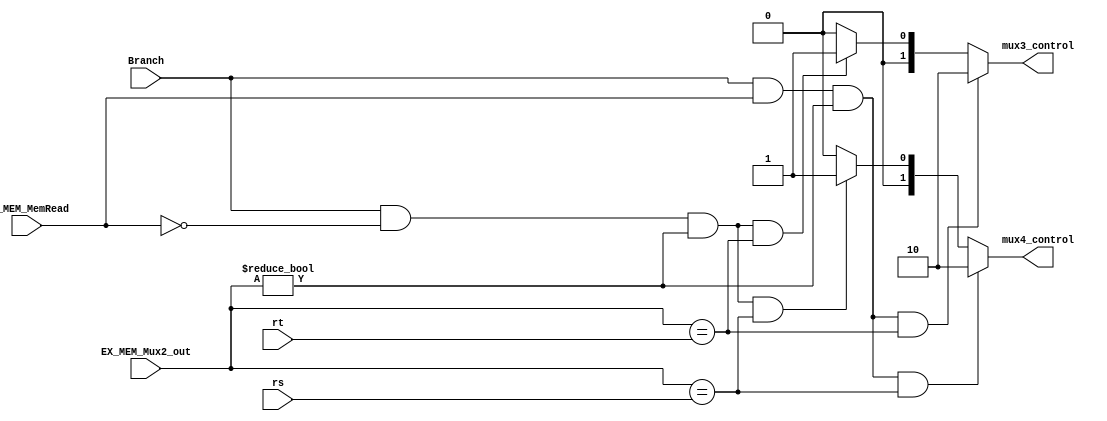
module ForwardUnit_for_R_beq(
input Branch,
input [4:0] EX_MEM_Mux2_out,
input [4:0]rt,
input [4:0]rs,
input EX_MEM_MemRead,
output wire [1:0] mux3_control,
output wire [1:0] mux4_control
    );
    
    assign mux4_control=(Branch==1 && EX_MEM_MemRead==1 && EX_MEM_Mux2_out!=0 && EX_MEM_Mux2_out==rs)? 2'b10:
                        (Branch==1 && EX_MEM_MemRead==0 &&EX_MEM_Mux2_out!=0 && EX_MEM_Mux2_out==rs)? 2'b01:2'b00;
    assign mux3_control=(Branch==1 && EX_MEM_MemRead==1 && EX_MEM_Mux2_out!=0 && EX_MEM_Mux2_out==rt)? 2'b10:
                        (Branch==1 && EX_MEM_MemRead==0 &&EX_MEM_Mux2_out!=0 && EX_MEM_Mux2_out==rt)? 2'b01:2'b00;
endmodule